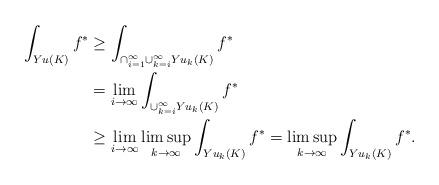
LaTeX: \begin{align*} \int_{Yu(K)}f^* &\geq \int_{\cap_{i=1}^\infty\cup_{k=i}^\infty Yu_k(K)} f^*\\ &= \lim_{i \rightarrow \infty} \int_{\cup_{k=i}^\infty Yu_k(K)}f^*\\ &\geq\lim_{i \rightarrow \infty} \limsup_{k \rightarrow \infty}\int_{Yu_k(K)}f^* = \limsup_{k \rightarrow \infty}\int_{Yu_k(K)}f^*. \end{align*}